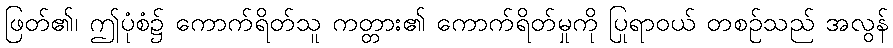
ဖြတ်၏၊ ဤပုံစံ၌ ကောက်ရိတ်သူ ကတ္တား၏ ကောက်ရိတ်မှုကို ပြုရာဝယ် တစဉ်သည် အလွန်